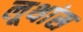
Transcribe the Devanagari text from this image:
लूथांस